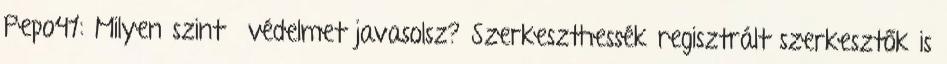
Pepo41: Milyen szintű védelmet javasolsz? Szerkeszthessék regisztrált szerkesztők is